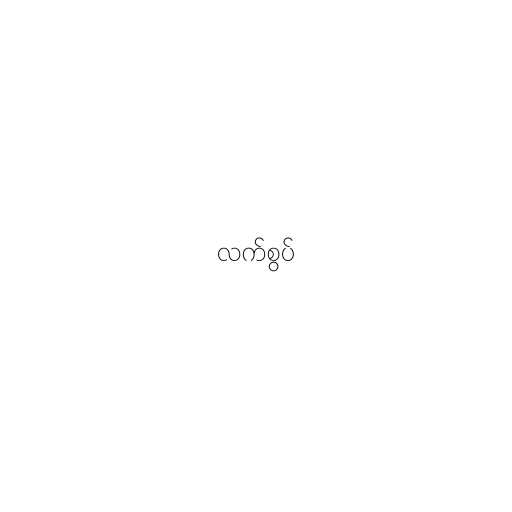
လက်စွပ်